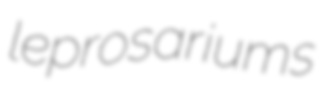
leprosariums